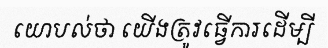
យោបល់ថា យើងត្រូវធ្វើការដើម្បី